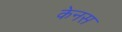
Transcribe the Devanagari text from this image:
केनस